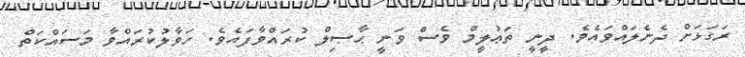
ރަގަޅަށް ދެނެލައްވައެވެ. ދީނީ ތަޢުލީމް ވެސް ވަނީ ޙާޞިލް ކުރައްވާފައެވެ. ހަވާލުކުރައްވާ މަސައްކަތް